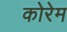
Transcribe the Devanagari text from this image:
कोरेम